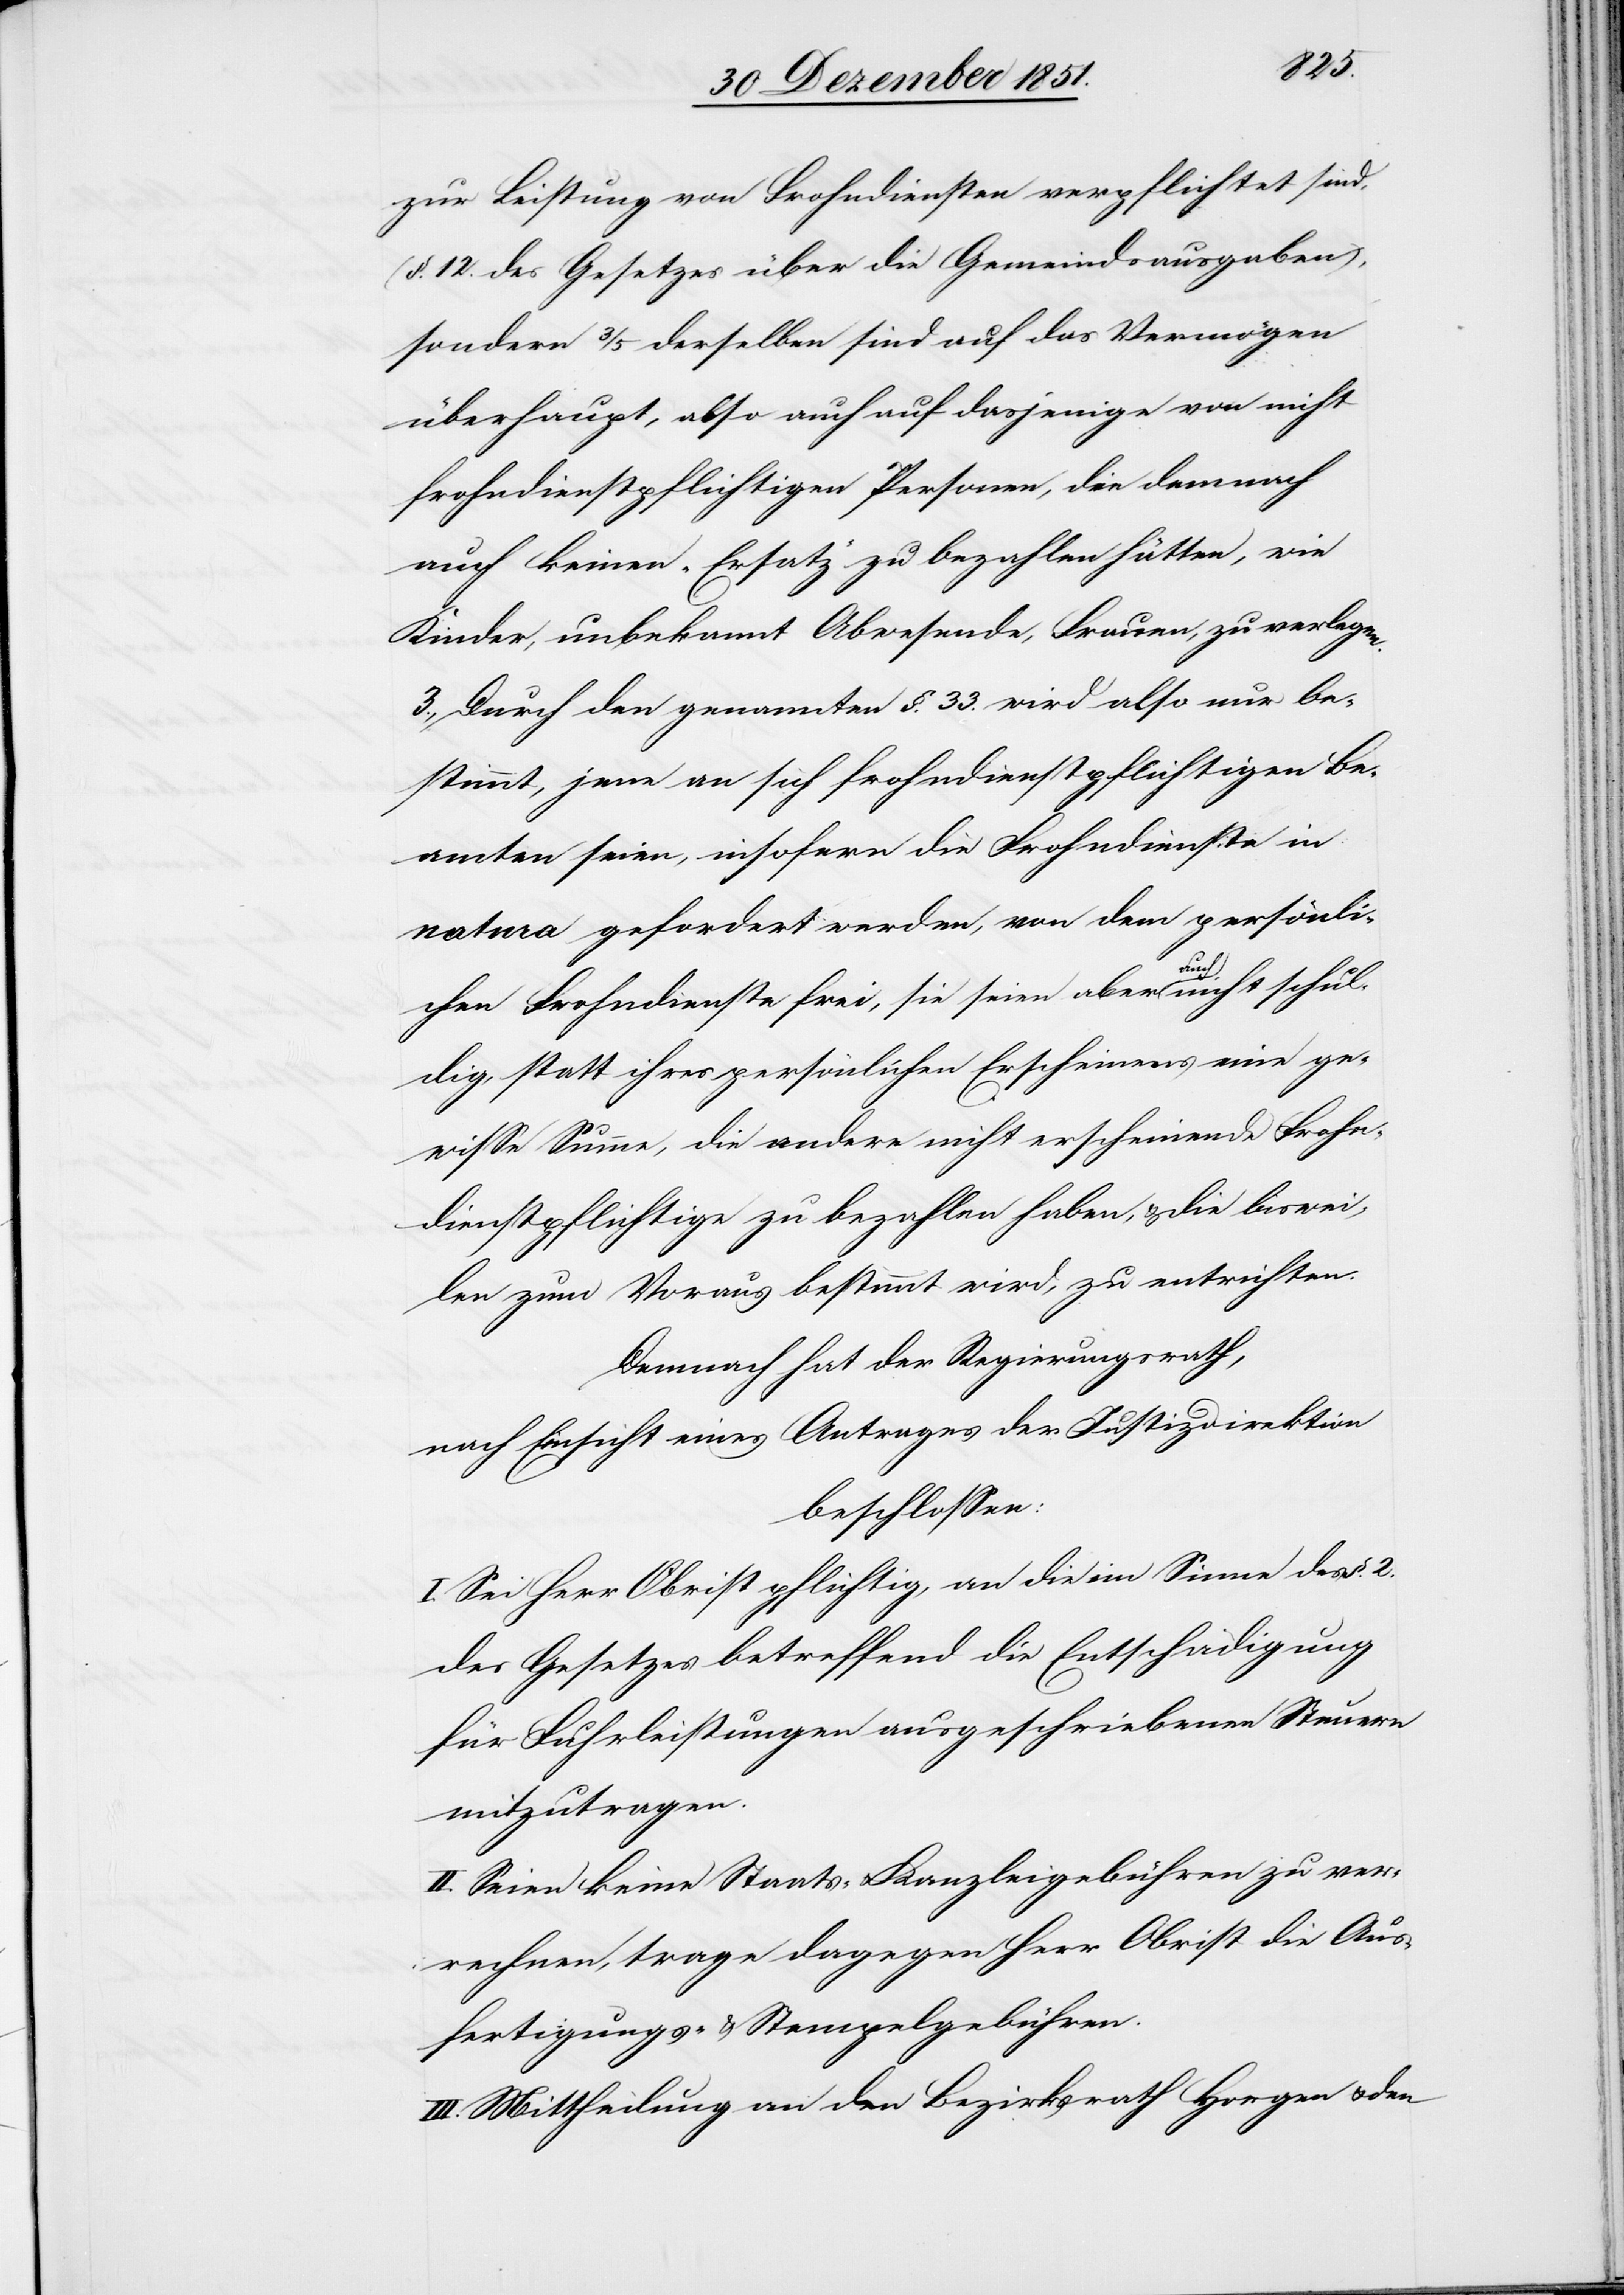
zur Leistung von Frohndiensten verpflichtet sind,
(§. 12. des Gesetzes über die Gemeindsausgaben),
sondern 3/5 derselben sind auf das Vermögen
überhaupt, also auch auf dasjenige von nicht
frohndienstpflichtigen Personen, die demnach
auch keinen „Ersatz“ zu bezahlen hätten, wie
Kinder, unbekannt Abwesende, Frauen, zu verlegen.
3., Durch den genannten §. 33. wird also nur be¬
stimmt, jene an sich frohndienstpflichtigen Be¬
amten seien, insofern die Frohndienste in
natura gefordert werden, von dem persönli¬
chen Frohndienste frei, sie seien aber auch nicht schul¬
dig, statt ihres persönlichen Erscheinens eine ge¬
wisse Summe, die andere nicht erscheinende Frohn¬
dienstpflichtige zu bezahlen haben, & die biswei¬
len zum Voraus bestimmt wird, zu entrichten.
Demnach hat der Regierungsrath,
nach Einsicht eines Antrages der Justizdirektion
beschlossen:
I. Sei Herr Obrist pflichtig, an die im Sinne des §. 2.
des Gesetzes betreffend die Entschädigung
für Fuhrleistungen ausgeschriebenen Steuern
mitzutragen.
II. Seien keine Staats- & Kanzleigebühren zu ver¬
rechnen, trage dagegen Herr Obrist die Aus¬
fertigungs- & Stempelgebühren.
III. Mittheilung an den Bezirksrath Horgen & den